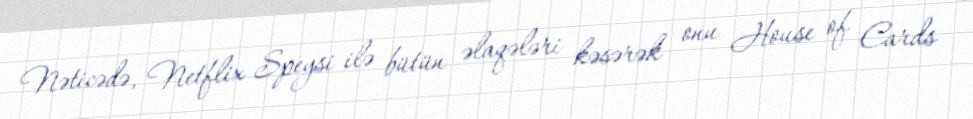
Nəticədə, Netflix Speysi ilə bütün əlaqələri kəsərək onu House of Cards